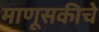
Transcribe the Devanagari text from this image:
माणूसकीचे